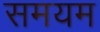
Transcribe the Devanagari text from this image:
समयम